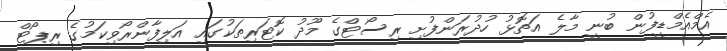
އެމްއެމްޑީފުން ބުނީ މާލެ އަތޮޅު ހުދުރަންފުށި ރިސޯޓްގެ މޫދު ކޮޓަރިތަކުގައި އަލިފާންރޯވިކަމުގެ ރިޕޯޓް